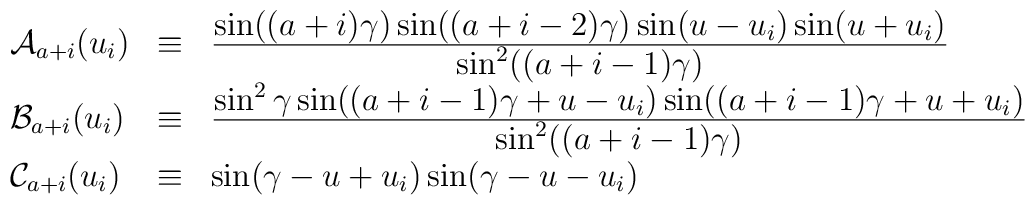
\begin{array}{lll}{\cal A}_{a+i}(u_i)&\equiv&\frac{\textstyle \sin((a+i)\gamma)\sin((a+i-2)\gamma)\sin(u-u_i)\sin(u+u_i)}{\textstyle \sin^2((a+i-1)\gamma)}\\{\cal B}_{a+i}(u_i)&\equiv&\frac{\textstyle\sin^2\gamma\sin((a+i-1)\gamma+u-u_i)\sin((a+i-1)\gamma+u+u_i)}{\textstyle\sin^2((a+i-1)\gamma)}\\{\cal C}_{a+i}(u_i)&\equiv&\sin(\gamma-u+u_i)\sin(\gamma-u-u_i)\end{array}